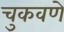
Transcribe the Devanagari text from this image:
चुकवणे